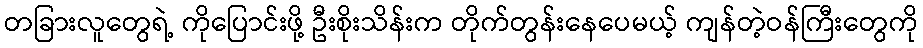
တခြားလူတွေရဲ့ ကိုပြောင်းဖို့ ဦးစိုးသိန်းက တိုက်တွန်းနေပေမယ့် ကျန်တဲ့ဝန်ကြီးတွေကို